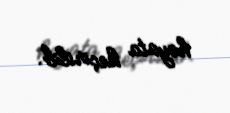
həyata keçirilib.